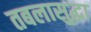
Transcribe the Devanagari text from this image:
तबलासुद्धा